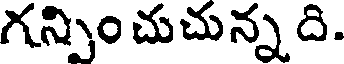
గన్పిం చుచున్న ది.